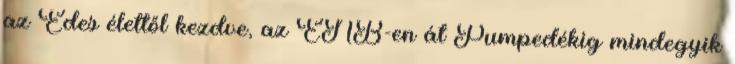
az Édes élettől kezdve, az ÉNB-en át Pumpedékig mindegyik